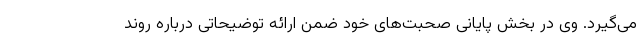
می‌گیرد. وی در بخش پایانی صحبت‌های خود ضمن ارائه توضیحاتی درباره روند